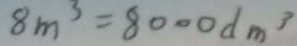
8 m ^ { 3 } = 8 0 0 0 d m ^ { 3 }